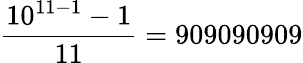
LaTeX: {\frac{10^{11-1}-1}{11}}=909090909